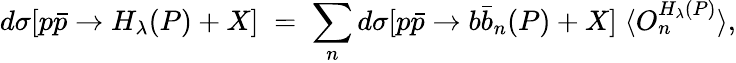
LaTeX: d\sigma[p\bar{p}\to H_{\lambda}(P)+X]\; =\; \sum_{n}d\sigma[p\bar{p}\to b\bar{b}_{n}(P)+X]\; \langle O_{n}^{H_{\lambda}(P)}\rangle,